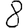
Digit: 8